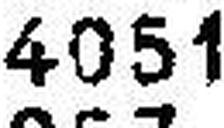
4051